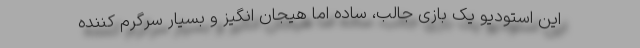
این استودیو یک بازی جالب، ساده اما هیجان انگیز و بسیار سرگرم کننده